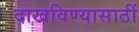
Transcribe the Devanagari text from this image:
दाखविण्यासाठीं